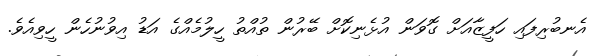
އެނބުރިފައި ހަފީޒާއަށް ގޮވަން އުޅެނިކޮށް ބޭރުން ތުއްތު ހީލުމެއްގެ އަޑު އިވުނުހެން ހީވިއެވެ.